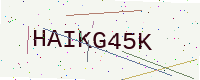
Text: HAIKG45K